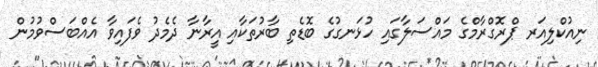
ނިއުކްލިއަރ ޕްރޮގްރާމްގެ މައްސަލާގައި ހުޅަނގުގެ ބޮޑެތި ބާރުތަކާއި އީރާނާ ދެމެދު ވެފައިވާ އެއްބަސްވުމުން